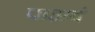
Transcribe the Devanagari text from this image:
पाहावं